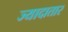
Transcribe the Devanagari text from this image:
ज्यादातार